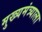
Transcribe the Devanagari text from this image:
मुख्यमंत्र्याला